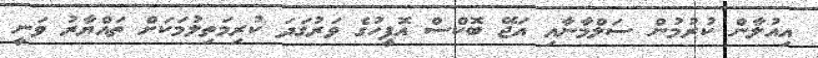
އިއުލާން ކުރުމުން ސަލްމާނާއި އަޖޭ ބޮކްސް އޮފީހުގެ ވަރުގަދަ ކުރިމަތިލުމަކަށް ތައްޔާރު ވަނީ